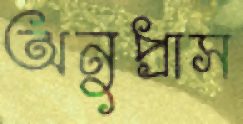
অনুপ্রাস